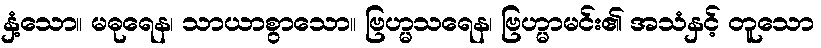
နှံ့သော။ မဓုရေန၊ သာယာစွာသော။ ဗြဟ္မသရေန၊ ဗြဟ္မာမင်း၏ အသံနှင့် တူသော